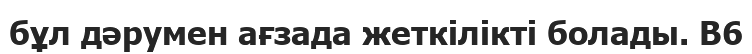
бұл дәрумен ағзада жеткілікті болады. В6